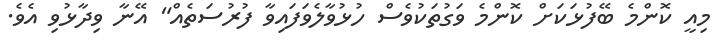
މިއީ ކޮންމެ ބޭފުޅަކަށް ކޮންމެ ވަގުތަކުވެސް ހުޅުވާލެވަފައިވާ ފުރުސަތެއް" އޭނާ ވިދާޅުވި އެވެ.